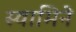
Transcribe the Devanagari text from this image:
स्वामिने